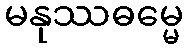
မနုဿဓမ္မေ